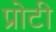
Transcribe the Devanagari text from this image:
प्रोटी